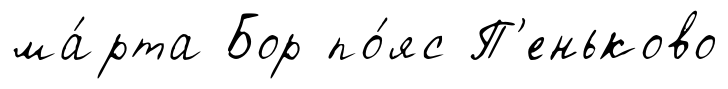
ма́рта Бор по́яс П'еньково